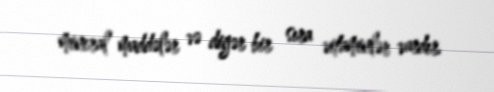
mineral maddələr və digər bir sıra vitaminlər vardır.